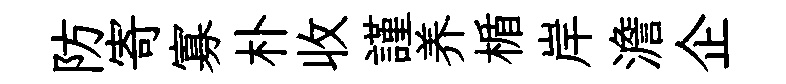
防寄寡朴收謹养楯岸澹企